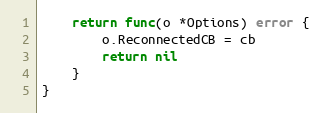
Language: Go
	return func(o *Options) error {
		o.ReconnectedCB = cb
		return nil
	}
}